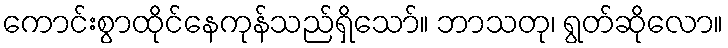
ကောင်းစွာထိုင်နေကုန်သည်ရှိသော်။ ဘာသတု၊ ရွတ်ဆိုလော။